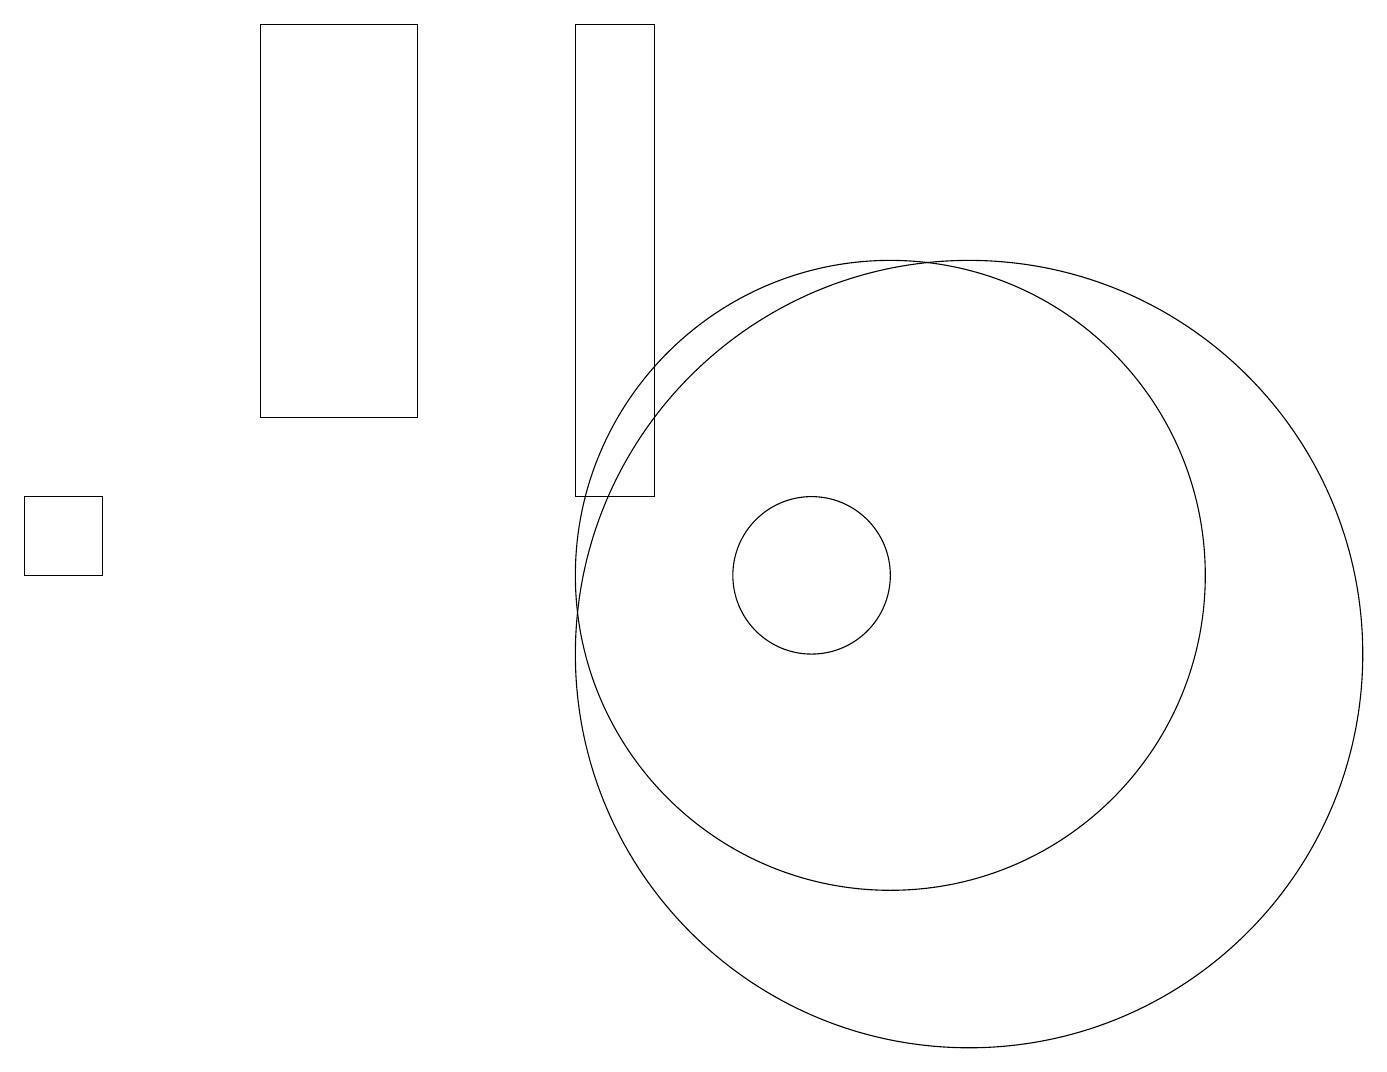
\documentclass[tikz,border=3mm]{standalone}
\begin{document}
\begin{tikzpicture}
\draw (10,12) circle (0);
\draw (10,11) circle (1);
\draw (3,13) rectangle (5,18);
\draw (11,11) circle (4);
\draw (7,12) rectangle (8,18);
\draw (12,10) circle (5);
\draw (0,12) rectangle (1,11);
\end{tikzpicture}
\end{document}